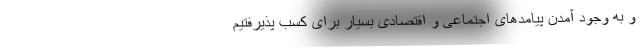
و به وجود آمدن پیامدهای اجتماعی و اقتصادی بسیار برای کسب پذیرفتیم